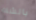
بالشك